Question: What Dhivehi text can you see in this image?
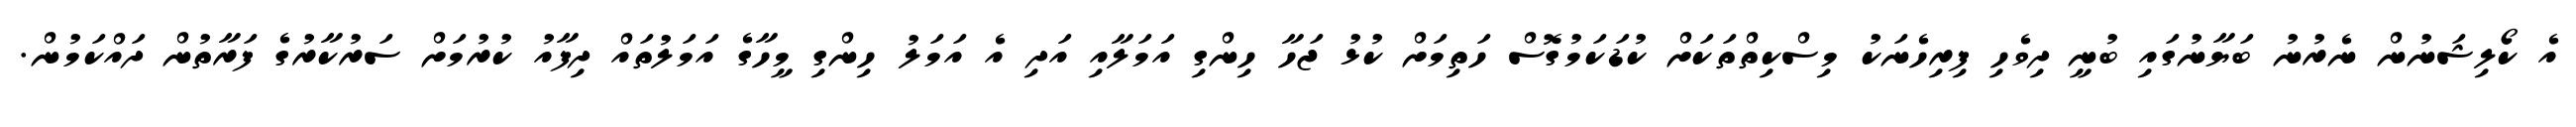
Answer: އެ ކޯލިޝަނުން ނެރުނު ބަޔާނުގައި ބުނީ ދިވެހި ފިރިހެނަކު މިސްކިތްތަކަށް ކުޑަކަމުގޮސް ހަތިމަށް ކުޅު ޖަހާ ހިންގި އަމަލާއި އަދި އެ އަމަލު ހިންގި މީހާގެ އަމަލުތައް ދިފާއު ކުރުމަށް ސަރުކާރުގެ ފަރާތުން ދައްކަމުން.